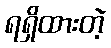
ရရှိထားတဲ့